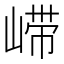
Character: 𫶇